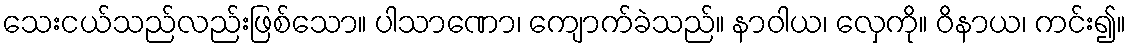
သေးငယ်သည်လည်းဖြစ်သော။ ပါသာဏော၊ ကျောက်ခဲသည်။ နာဝါယ၊ လှေကို။ ဝိနာယ၊ ကင်း၍။